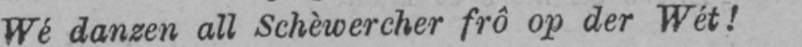
Wé danzen all Schèwercher frô op der Wét!